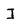
Character: I